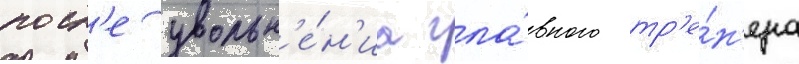
посл'е увольн'е́н'иа гла́вного тр'е́н'ера